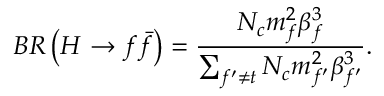
B R \left( H \rightarrow f \bar { f } \right) = \frac { N _ { c } m _ { f } ^ { 2 } \beta _ { f } ^ { 3 } } { \sum _ { f ^ { \prime } \ne t } N _ { c } m _ { f ^ { \prime } } ^ { 2 } \beta _ { f ^ { \prime } } ^ { 3 } } .